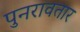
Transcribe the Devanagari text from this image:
पुनरावतार